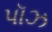
પૉઝ